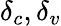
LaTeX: \delta_{c},\delta_{v}